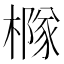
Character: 𪳹